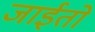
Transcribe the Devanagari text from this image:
जाईतो